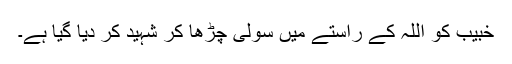
خبیبؓ کو اللہ کے راستے میں سولی چڑھا کر شہید کر دیا گیا ہے۔